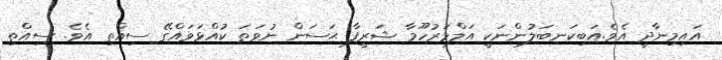
އައިމިނާދީ އެވެ.އަބިކަނބަލުންނަކީ އަލްމަރުހޫމާ ޝަރީފާ ޙަސަން ނުވަތަ ކުއްޅަވައްގޭ ސިއްތި އެވެ. ސިއްތި